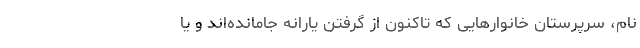
نام، سرپرستان خانوارهایی که تاکنون از گرفتن یارانه جامانده‌اند و یا